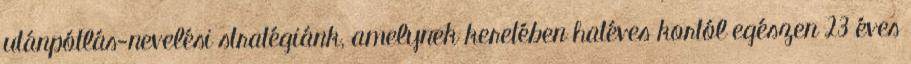
utánpótlás-nevelési stratégiánk, amelynek keretében hatéves kortól egészen 23 éves